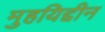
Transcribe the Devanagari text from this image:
मुहयिद्दीन